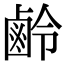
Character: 鹷